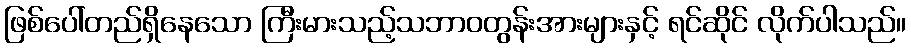
ဖြစ်ပေါ်တည်ရှိနေသော ကြီးမားသည့်သဘာဝတွန်းအားများနှင့် ရင်ဆိုင် လိုက်ပါသည်။